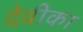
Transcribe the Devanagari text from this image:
देवीका